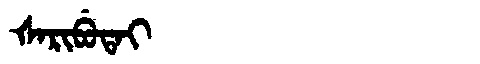
Manchu: ᡧᠠᡵᡳᠪᡠᡨᠠᡳ
Romanization: ŠARIBUTAI